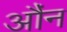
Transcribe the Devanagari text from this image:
औंन